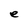
Character: e